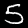
Digit: 5